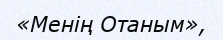
«Менің Отаным»,